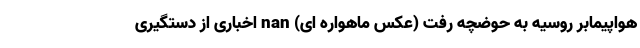
هواپیمابر روسیه به حوضچه رفت (عکس ماهواره ای) nan اخباری از دستگیری